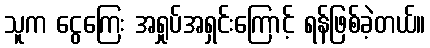
သူက ငွေကြေး အရှုပ်အရှင်းကြောင့် ရန်ဖြစ်ခဲ့တယ်။